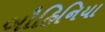
બૌહિનિયા